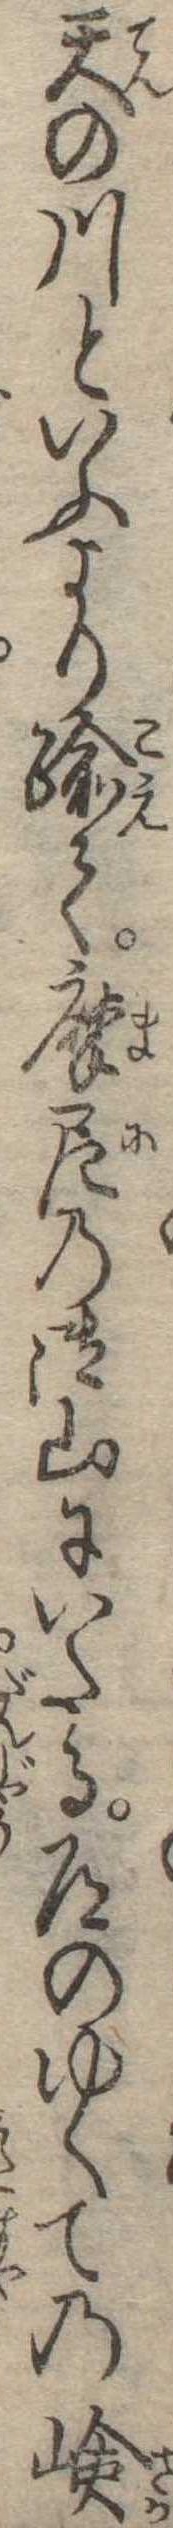
天の川といふより踰て摩尼の御山にいたる道のゆくての嶮